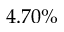
4 . 7 0 \%